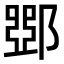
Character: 𨜹